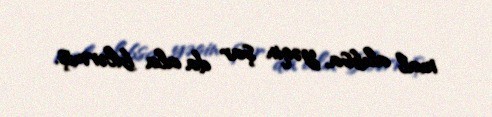
mal alıbsa, yəqin şar da ala bilərmiş.